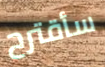
سأقترح